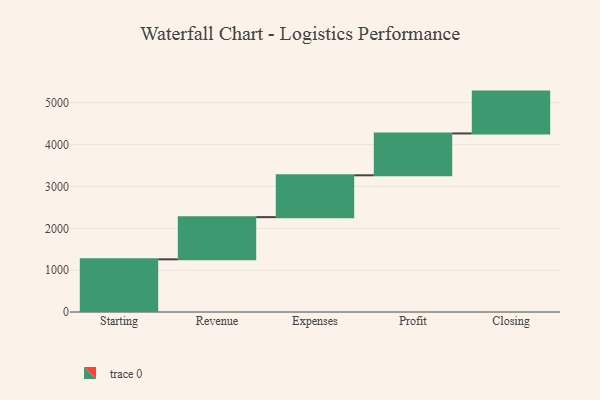
{"axis": {"x": "Step", "y": "Value"}, "legend": [""], "data": [{"x": "Starting", "y": 1259.0, "type": ""}, {"x": "Revenue", "y": 1008.0, "type": ""}, {"x": "Expenses", "y": 1000, "type": ""}, {"x": "Profit", "y": 1000, "type": ""}, {"x": "Closing", "y": 1000, "type": ""}]}